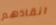
انقاذهم